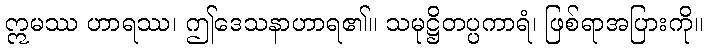
ဣမဿ ဟာရဿ၊ ဤဒေသနာဟာရ၏။ သမုဋ္ဌိတပ္ပကာရံ၊ ဖြစ်ရာအပြားကို။